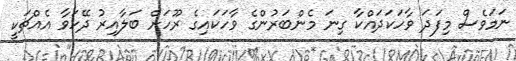
ނަމަވެސް މިފަދަ ވާހަކަދައްކާ ގިނަ މެންބަރުންގެ ވާހަކައިގެ ރޫހަށް ބަލާއިރު ދޭހަވާ އެއްޗަކީ